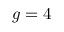
g = 4